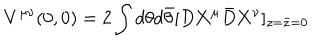
V ^ { \mu \nu } ( 0 , 0 ) = 2 \int d \theta d \bar { \theta } [ D { \bf X } ^ { \mu } { \bar { D } } { \bf X } ^ { \nu } ] _ { z = \bar { z } = 0 }